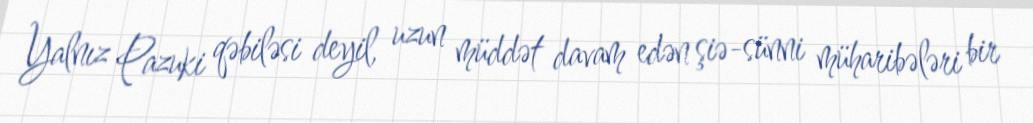
Yalnız Pazuki qəbiləsi deyil, uzun müddət davam edən şiə-sünni müharibələri bir